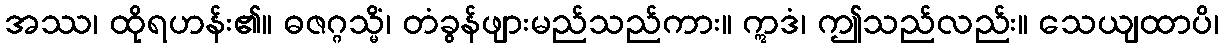
အဿ၊ ထိုရဟန်း၏။ ဓဇဂ္ဂသ္မိံ၊ တံခွန်ဖျားမည်သည်ကား။ ဣဒံ၊ ဤသည်လည်း။ သေယျထာပိ၊